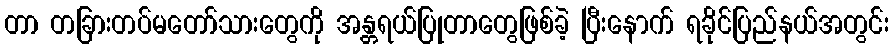
တာ တခြားတပ်မတော်သားတွေကို အန္တရယ်ပြုတာတွေဖြစ်ခဲ့ ပြီးနောက် ရခိုင်ပြည်နယ်အတွင်း